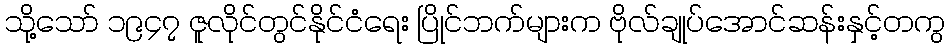
သို့သော် ၁၉၄၇ ဇူလိုင်တွင်နိုင်ငံရေး ပြိုင်ဘက်များက ဗိုလ်ချုပ်အောင်ဆန်းနှင့်တကွ